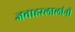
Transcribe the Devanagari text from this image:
जवाहरलालांनी